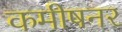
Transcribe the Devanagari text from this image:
कमीषनर